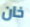
خان